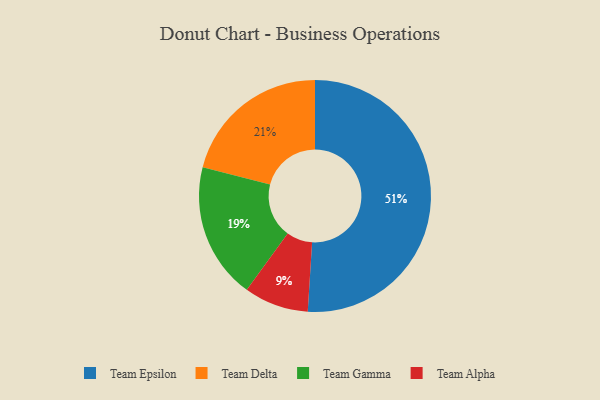
{"axis": {"x": "Category", "y": "Percentage"}, "legend": ["Team Alpha", "Team Delta", "Team Epsilon", "Team Gamma"], "data": [{"x": "Team Delta", "y": 21, "type": "Team Delta"}, {"x": "Team Alpha", "y": 9, "type": "Team Alpha"}, {"x": "Team Epsilon", "y": 51, "type": "Team Epsilon"}, {"x": "Team Gamma", "y": 19, "type": "Team Gamma"}]}